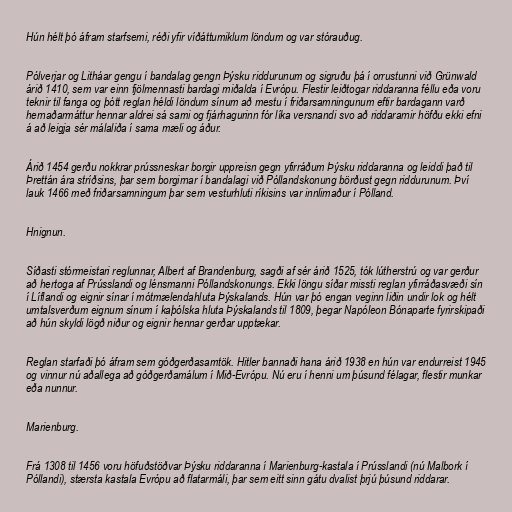
Hún hélt þó áfram starfsemi, réði yfir víðáttumiklum löndum og var stórauðug.

Pólverjar og Litháar gengu í bandalag gengn Þýsku riddurunum og sigruðu þá í orrustunni við Grünwald
árið 1410, sem var einn fjölmennasti bardagi miðalda í Evrópu. Flestir leiðtogar riddaranna féllu eða voru
teknir til fanga og þótt reglan héldi löndum sínum að mestu í friðarsamningunum eftir bardagann varð
hernaðarmáttur hennar aldrei sá sami og fjárhagurinn fór líka versnandi svo að riddararnir höfðu ekki efni
á að leigja sér málaliða í sama mæli og áður.

Árið 1454 gerðu nokkrar prússneskar borgir uppreisn gegn yfirráðum Þýsku riddaranna og leiddi það til
Þrettán ára stríðsins, þar sem borgirnar í bandalagi við Póllandskonung börðust gegn riddurunum. Því
lauk 1466 með friðarsamningum þar sem vesturhluti ríkisins var innlimaður í Pólland.

Hnignun.

Síðasti stórmeistari reglunnar, Albert af Brandenburg, sagði af sér árið 1525, tók lútherstrú og var gerður
að hertoga af Prússlandi og lénsmanni Póllandskonungs. Ekki löngu síðar missti reglan yfirráðasvæði sín
í Líflandi og eignir sínar í mótmælendahluta Þýskalands. Hún var þó engan veginn liðin undir lok og hélt
umtalsverðum eignum sínum í kaþólska hluta Þýskalands til 1809, þegar Napóleon Bónaparte fyrirskipaði
að hún skyldi lögð niður og eignir hennar gerðar upptækar.

Reglan starfaði þó áfram sem góðgerðasamtök. Hitler bannaði hana árið 1938 en hún var endurreist 1945
og vinnur nú aðallega að góðgerðamálum í Mið-Evrópu. Nú eru í henni um þúsund félagar, flestir munkar
eða nunnur.

Marienburg.

Frá 1308 til 1456 voru höfuðstöðvar Þýsku riddaranna í Marienburg-kastala í Prússlandi (nú Malbork í
Póllandi), stærsta kastala Evrópu að flatarmáli, þar sem eitt sinn gátu dvalist þrjú þúsund riddarar.